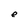
Character: e